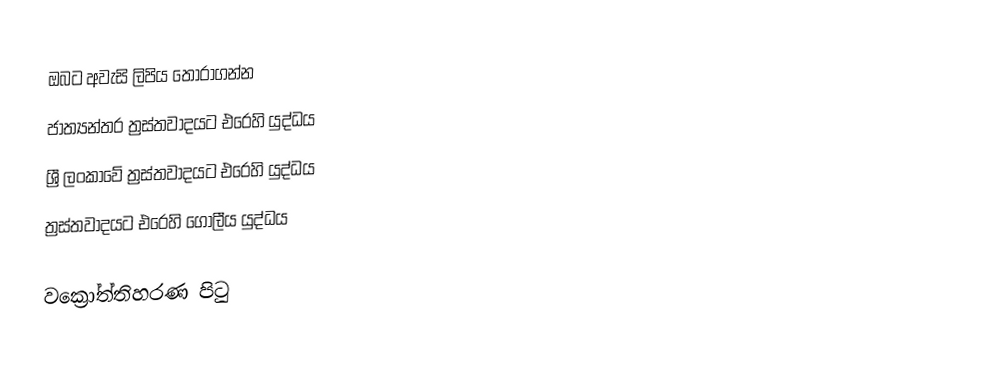
ඔබට අවැසි ලිපිය තෝරාගන්න
 ජාත්‍යන්තර ත්‍රස්තවාදයට එරෙහි යුද්ධය
 ශ්‍රී ලංකාවේ ත්‍රස්තවාදයට එරෙහි යුද්ධය
 ත්‍රස්තවාදයට එරෙහි ගෝලීය යුද්ධය

වක්‍රෝත්තිහරණ පිටු